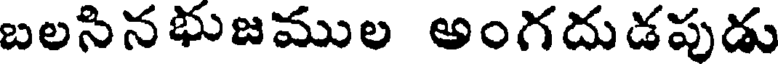
బలసినభుజముల అంగదుడపుడు